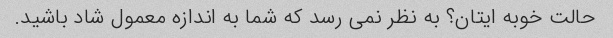
حالت خوبه ایتان؟ به نظر نمی رسد که شما به اندازه معمول شاد باشید.